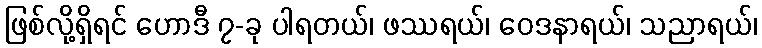
ဖြစ်လို့ရှိရင် ဟောဒီ ၇-ခု ပါရတယ်၊ ဖဿရယ်၊ ဝေဒနာရယ်၊ သညာရယ်၊